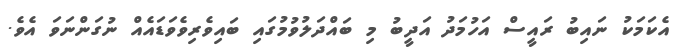
އެކަމަކު ނައިބު ރައީސް އަހުމަދު އަދީބު މި ބައްދަލުވުމުގައި ބައިވެރިވެވަޑައެއް ނުގަންނަވަ އެވެ.